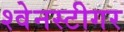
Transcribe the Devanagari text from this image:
श्वेनस्टीगर